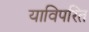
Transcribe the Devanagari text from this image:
याविपरित